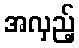
အလှည့်